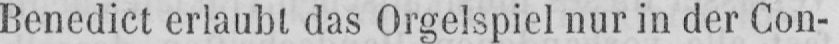
Benedict erlaubt das Orgelspiel nur in der Con-